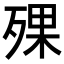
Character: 𣨪